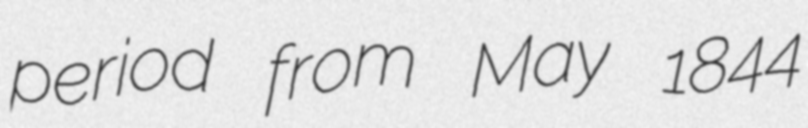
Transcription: period from May 1844